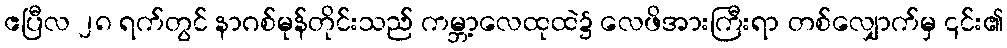
ဧပြီလ ၂၈ ရက်တွင် နာဂစ်မုန်တိုင်းသည် ကမ္ဘာ့လေထုထဲ၌ လေဖိအားကြီးရာ တစ်လျှောက်မှ ၎င်း၏